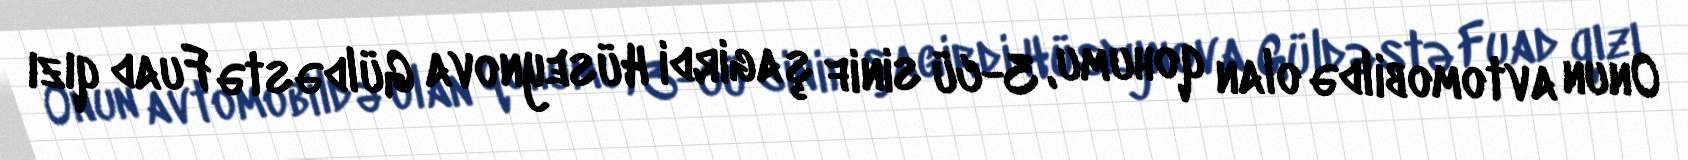
Onun avtomobildə olan qohumu, 3-cü sinif şagirdi Hüseynova Güldəstə Fuad qızı